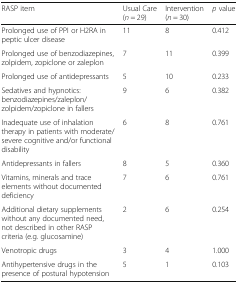
| RASP item | Usual Care (n = 29) | Intervention (n = 30) | p value |
 | --- | --- | --- | --- |
 | Prolonged use of PPI or H2RA in peptic ulcer disease | 11 | 8 | 0.412 |
 | Prolonged use of benzodiazepines, zolpidem, zopiclone or zaleplon | 7 | 11 | 0.399 |
 | Prolonged use of antidepressants | 5 | 10 | 0.233 |
 | Sedatives and hypnotics: benzodiazepines/zaleplon/zolpidem/zopiclone in fallers | 9 | 6 | 0.382 |
 | Inadequate use of inhalation therapy in patients with moderate/severe cognitive and/or functional disability | 6 | 8 | 0.761 |
 | Antidepressants in fallers | 8 | 5 | 0.360 |
 | Vitamins, minerals and trace elements without documented deficiency | 7 | 6 | 0.761 |
 | Additional dietary supplements without any documented need, not described in other RASP criteria (e.g. glucosamine) | 2 | 6 | 0.254 |
 | Venotropic drugs | 3 | 4 | 1.000 |
 | Antihypertensive drugs in the presence of postural hypotension | 5 | 1 | 0.103 |